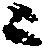
ニ